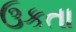
ઉકતા